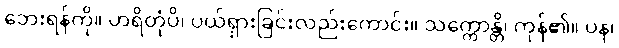
ဘေးရန်ကို။ ဟရိတုံပိ၊ ပယ်ရှားခြင်းလည်းကောင်း။ သက္ကောန္တိ၊ ကုန်၏။ ပန၊